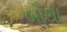
બૌથા